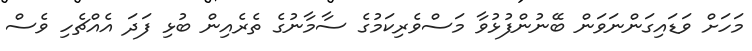
މަހަށް ވަޑައިގަންނަވަން ބޭނުންފުޅުވާ މަސްވެރިކަމުގެ ސާމާނުގެ ތެރެއިން ބުޅި ފަދަ އެއްޗެހި ވެސް